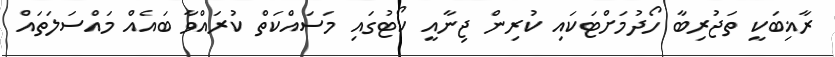
ރާޣިބަކީ ތަޖުރިބާ ހޯދުމަށްޓަކައި ކުރިން ޖިނާއީ ކޯޓުގައި މަސައްކަތް ކުރައްވާ ބައެއް މައްސަލަތައް